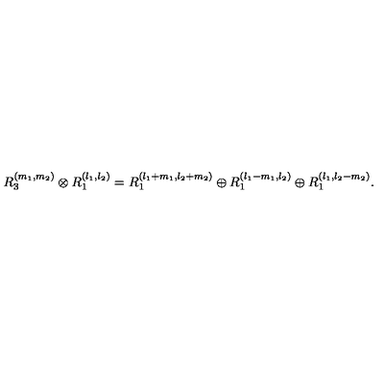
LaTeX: R _ { 3 } ^ { ( m _ { 1 } , m _ { 2 } ) } \otimes R _ { 1 } ^ { ( l _ { 1 } , l _ { 2 } ) } = R _ { 1 } ^ { ( l _ { 1 } + m _ { 1 } , l _ { 2 } + m _ { 2 } ) } \oplus R _ { 1 } ^ { ( l _ { 1 } - m _ { 1 } , l _ { 2 } ) } \oplus R _ { 1 } ^ { ( l _ { 1 } , l _ { 2 } - m _ { 2 } ) } .